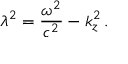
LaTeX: \lambda ^ { 2 } = \frac { \omega ^ { 2 } } { c ^ { 2 } } - k _ { z } ^ { 2 } \, { . }